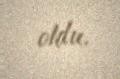
oldu.